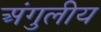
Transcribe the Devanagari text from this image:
अंगुलीय